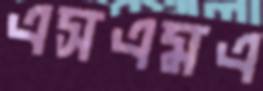
এসএমএ